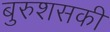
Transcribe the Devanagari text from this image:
बुरुशसकी